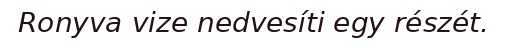
Ronyva vize nedvesíti egy részét.